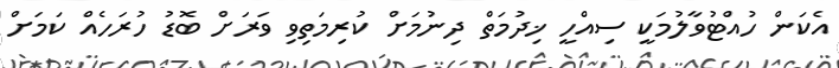
އެކަން ހުއްޓުވާލުމަކީ ސިއްހީ ޚިދުމަތް ދިނުމަށް ކުރިމަތިވި ވަރަށް ބޮޑު ހުރަހެއް ކަމަށް